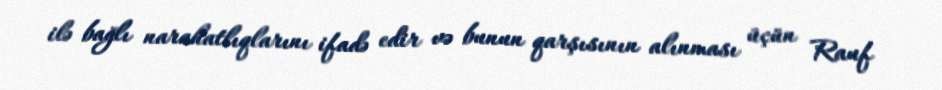
ilə bağlı narahatlıqlarını ifadə edir və bunun qarşısının alınması üçün Rauf